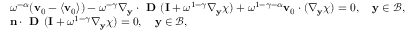
\begin{array} { r l } & { \omega ^ { - \alpha } ( \mathbf v _ { 0 } - \langle \mathbf v _ { 0 } \rangle ) - \omega ^ { - \gamma } \nabla _ { \mathbf y } \cdot \textbf { D } ( \mathbf I + \omega ^ { 1 - \gamma } \nabla _ { \mathbf y } \boldsymbol { \chi } ) + \omega ^ { 1 - \gamma - \alpha } \mathbf v _ { 0 } \cdot ( \nabla _ { \mathbf y } \boldsymbol { \chi } ) = 0 , \quad \mathbf y \in \mathcal B , } \\ & { \mathbf n \cdot \textbf { D } ( \mathbf I + \omega ^ { 1 - \gamma } \nabla _ { \mathbf y } \boldsymbol { \chi } ) = 0 , \quad \mathbf y \in \mathcal B , } \end{array}